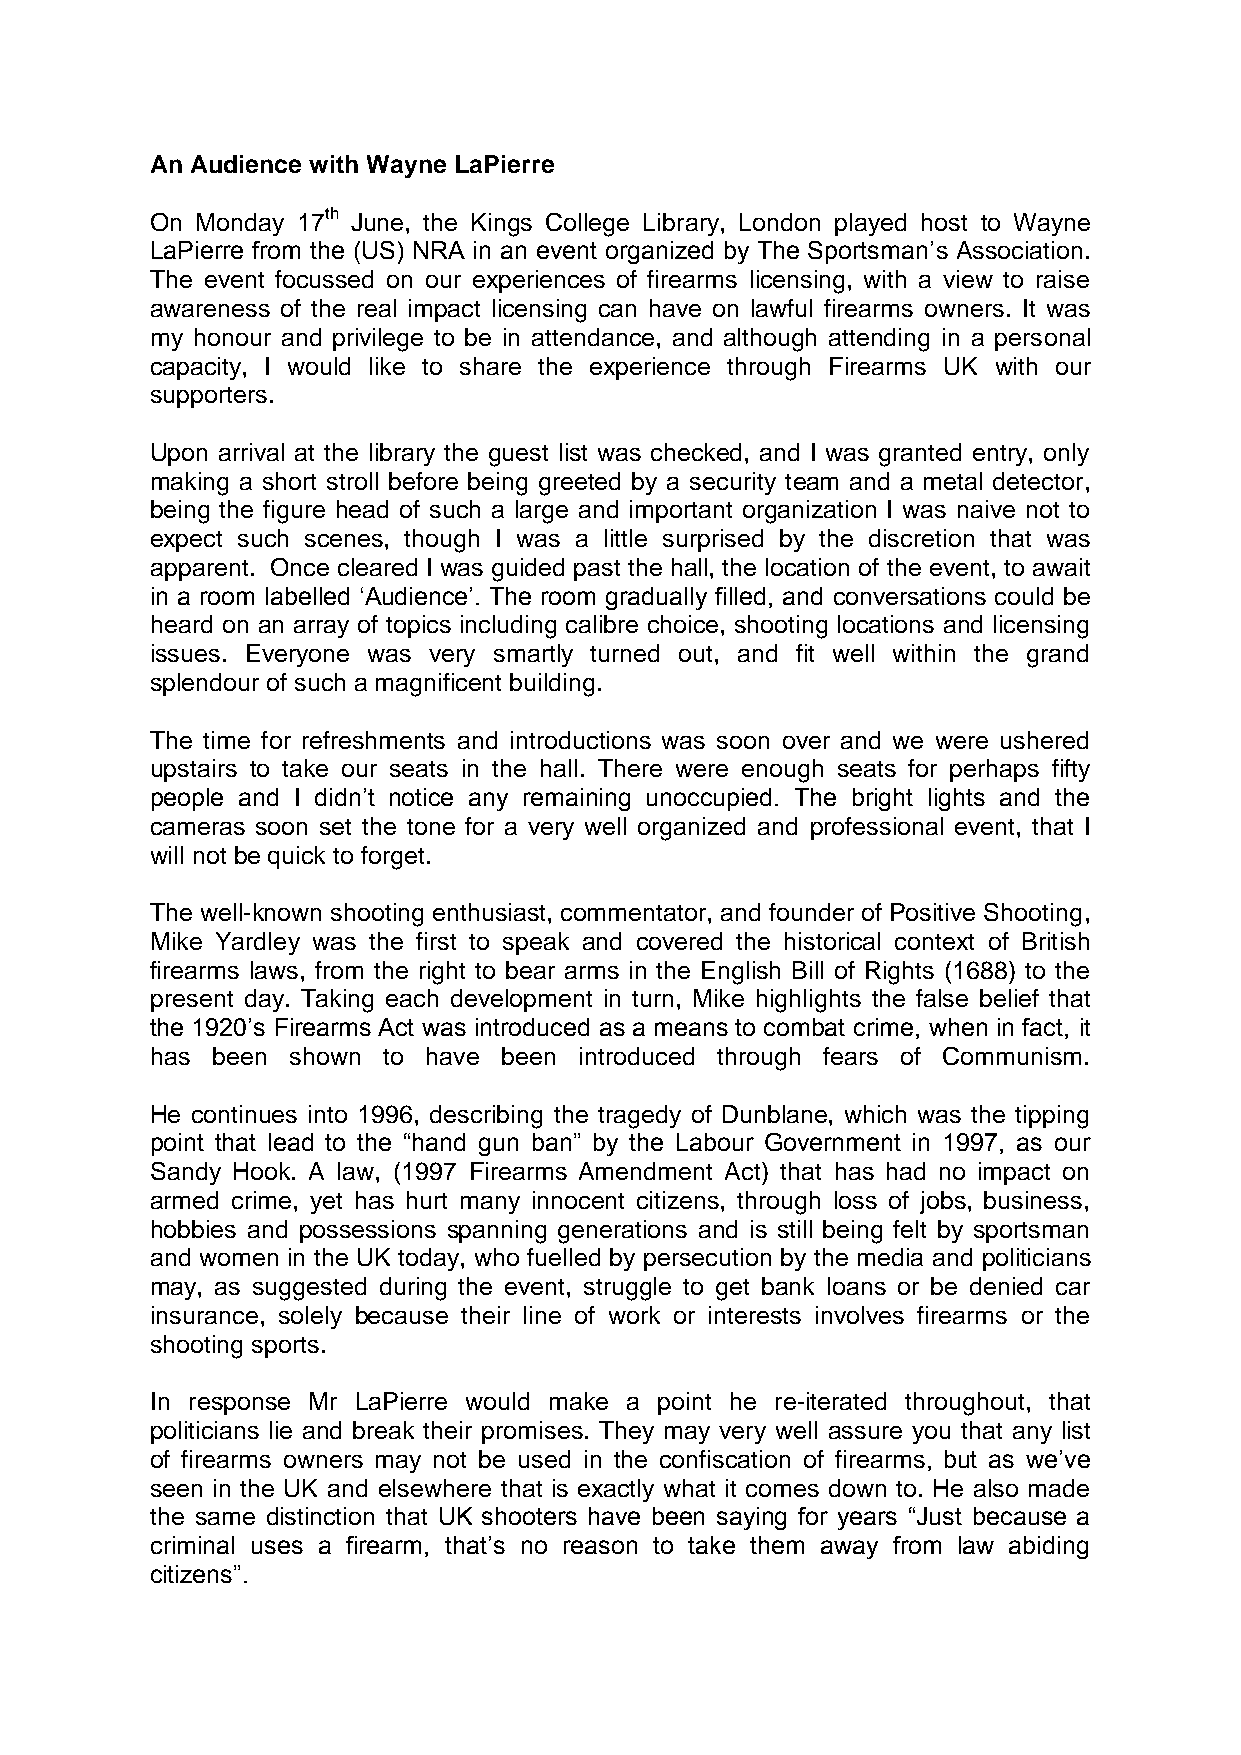
An Audience with Wayne LaPierre
 On Monday 17th June, the Kings College Library, London played host to Wayne
 LaPierre from the (US) NRA in an event organized by The Sportsman’s Association.
 The event focussed on our experiences of firearms licensing, with a view to raise
 awareness of the real impact licensing can have on lawful firearms owners. It was
 my honour and privilege to be in attendance, and although attending in a personal
 capacity, I would like to share the experience through Firearms UK with our
 supporters.
 Upon arrival at the library the guest list was checked, and I was granted entry, only
 making a short stroll before being greeted by a security team and a metal detector,
 being the figure head of such a large and important organization I was naive not to
 expect such scenes, though I was a little surprised by the discretion that was
 apparent. Once cleared I was guided past the hall, the location of the event, to await
 in a room labelled ‘Audience’. The room gradually filled, and conversations could be
 heard on an array of topics including calibre choice, shooting locations and licensing
 issues. Everyone was very smartly turned out, and fit well within the grand
 splendour of such a magnificent building.
 The time for refreshments and introductions was soon over and we were ushered
 upstairs to take our seats in the hall. There were enough seats for perhaps fifty
 people and I didn’t notice any remaining unoccupied. The bright lights and the
 cameras soon set the tone for a very well organized and professional event, that I
 will not be quick to forget.
 The well-known shooting enthusiast, commentator, and founder of Positive Shooting,
 Mike Yardley was the first to speak and covered the historical context of British
 firearms laws, from the right to bear arms in the English Bill of Rights (1688) to the
 present day. Taking each development in turn, Mike highlights the false belief that
 the 1920’s Firearms Act was introduced as a means to combat crime, when in fact, it
 has been shown to have been introduced through fears of Communism.
 He continues into 1996, describing the tragedy of Dunblane, which was the tipping
 point that lead to the “hand gun ban” by the Labour Government in 1997, as our
 Sandy Hook. A law, (1997 Firearms Amendment Act) that has had no impact on
 armed crime, yet has hurt many innocent citizens, through loss of jobs, business,
 hobbies and possessions spanning generations and is still being felt by sportsman
 and women in the UK today, who fuelled by persecution by the media and politicians
 may, as suggested during the event, struggle to get bank loans or be denied car
 insurance, solely because their line of work or interests involves firearms or the
 shooting sports.
 In response Mr LaPierre would make a point he re-iterated throughout, that
 politicians lie and break their promises. They may very well assure you that any list
 of firearms owners may not be used in the confiscation of firearms, but as we’ve
 seen in the UK and elsewhere that is exactly what it comes down to. He also made
 the same distinction that UK shooters have been saying for years “Just because a
 criminal uses a firearm, that’s no reason to take them away from law abiding
 citizens”.